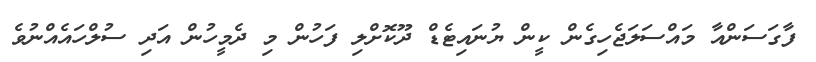
ފާގަސަންއާ މައްސަލަޖެހިގެން ކީން ޔުނައިޓެޑް ދޫކޮށްލި ފަހުން މި ދެމީހުން އަދި ސުލްހައެއްނުވެ